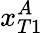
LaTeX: x_{T1}^{A}